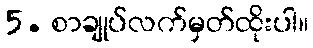
5. စာချုပ်လက်မှတ်ထိုးပါ။